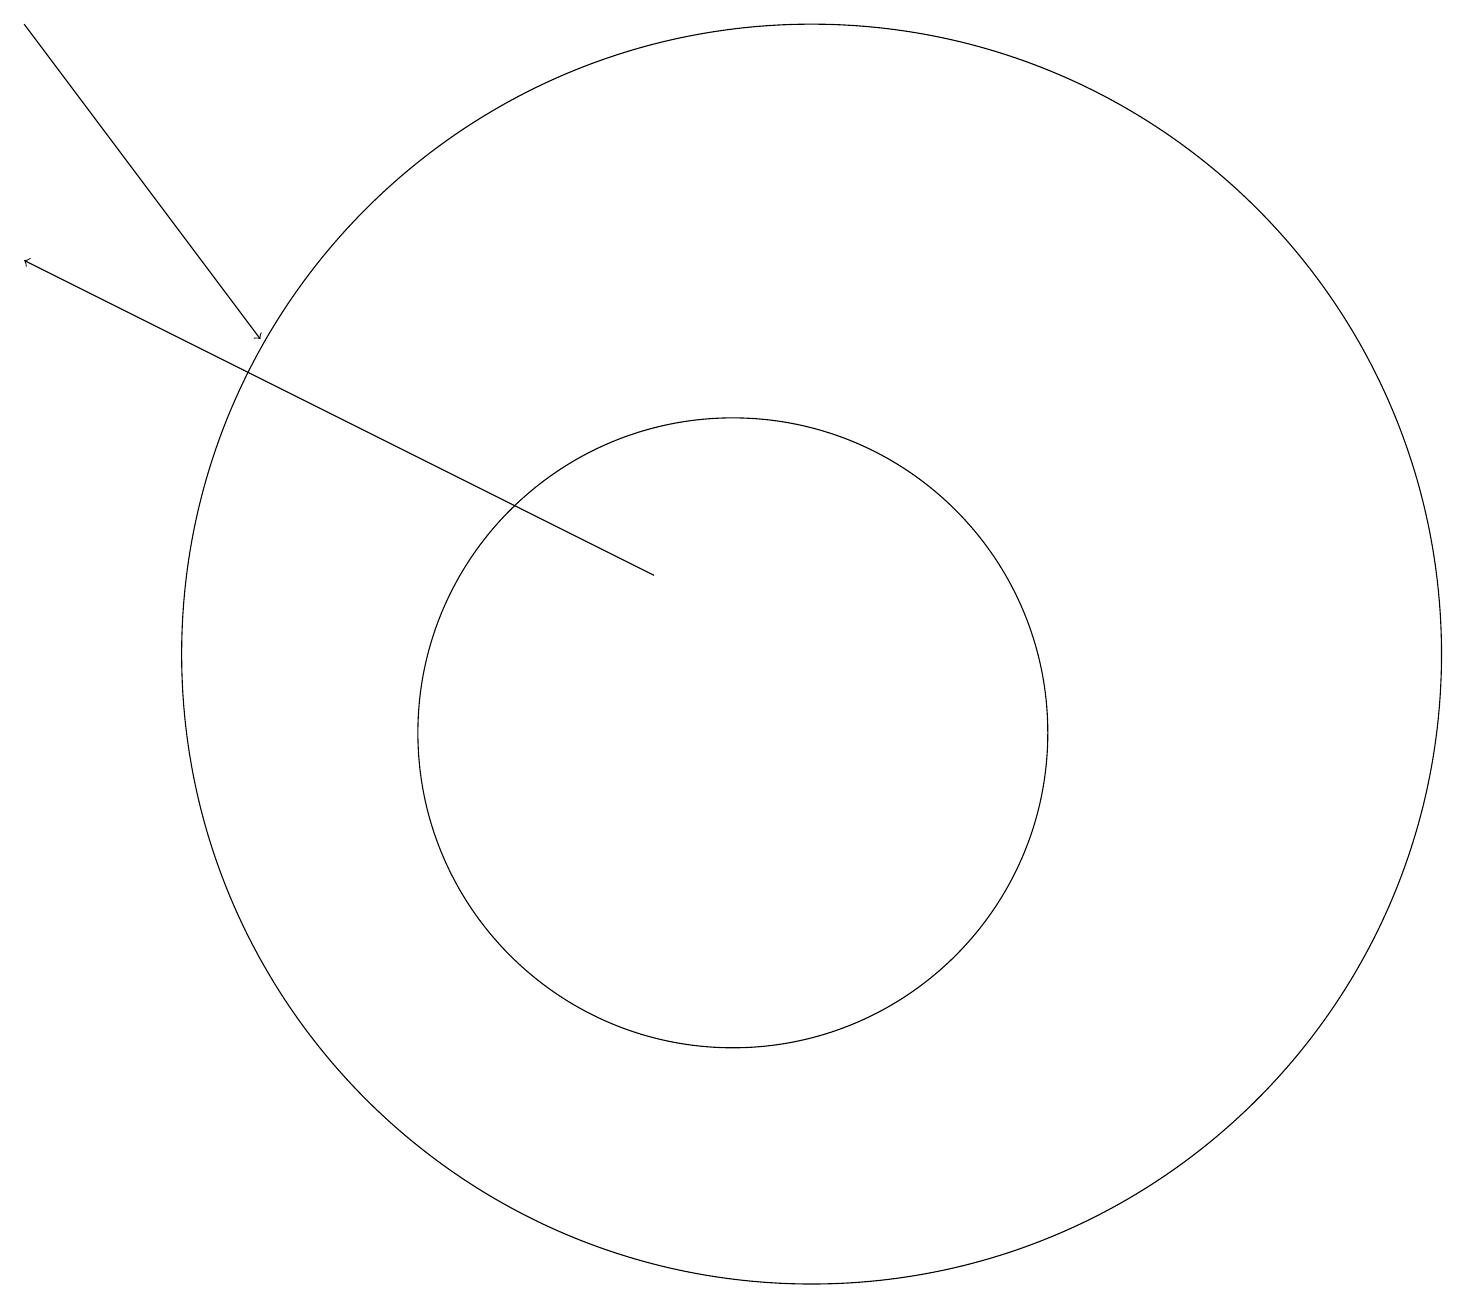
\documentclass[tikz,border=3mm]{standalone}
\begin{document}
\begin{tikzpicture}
\draw (10,10) circle (4);
\draw[->] (1,19) -- (4,15);
\draw (11,11) circle (8);
\draw[->] (9,12) -- (1,16);
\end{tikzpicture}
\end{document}